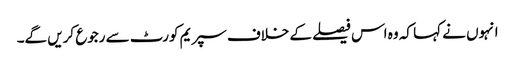
انہوں نے کہا کہ وہ اس فیصلے کے خلاف سپریم کورٹ سے رجوع کریں گے۔